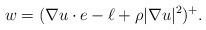
LaTeX: \begin{align*} w=(\nabla u\cdot e-\ell+\rho |\nabla u|^2)^+.\end{align*}